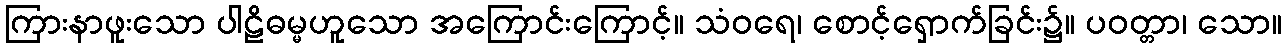
ကြားနာဖူးသော ပါဠိဓမ္မဟူသော အကြောင်းကြောင့်။ သံဝရေ၊ စောင့်ရှောက်ခြင်း၌။ ပဝတ္တာ၊ သော။